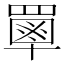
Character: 𦌃